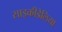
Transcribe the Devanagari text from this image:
साइकीडेलिया